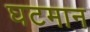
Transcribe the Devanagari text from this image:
घटमान